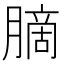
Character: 䐱